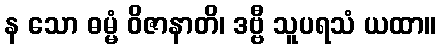
န သော ဓမ္မံ ဝိဇာနာတိ၊ ဒဗ္ဗီ သူပရသံ ယထာ။